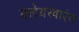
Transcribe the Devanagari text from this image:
क्लेयरवाएंस